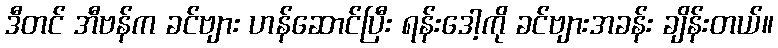
ဒီတင် အီဗန်က ခင်ဗျား ဟန်ဆောင်ပြီး ရန်းဒေါ့ကို ခင်ဗျားအခန်း ချိန်းတယ်။